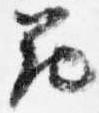
範